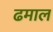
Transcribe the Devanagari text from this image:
ढमाल